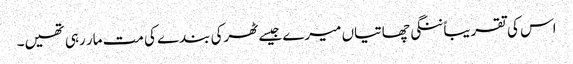
اس کی تقریباً ننگی چھاتیاں میرے جیسے ٹھرکی بندے کی مت مار رہی تھیں۔